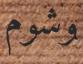
وشوم